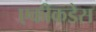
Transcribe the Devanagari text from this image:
एकीकडेस